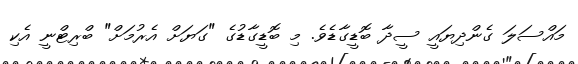
މައްސަލަ ގެންދިޔައީ ސީދާ ބޮޑީގާޑެވެ. މި ބޮޑީގާޑުގެ "ގަޔަށް އެރުމަށް" ބްރިޓްނީ އެކި